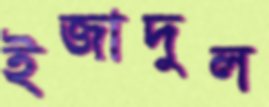
ইজাদুল